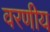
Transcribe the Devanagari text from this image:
वरणीय